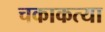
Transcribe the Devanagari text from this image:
चकाकत्या